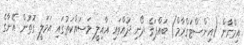
އިމްރާން (އިންސްޓަގްރާމް) ބައްޕަގެ ދޯނި ދުއްވައި އާއިލީ މަސައްކަތުގައި އަމަލީ ގޮތުން އޭނާގެ